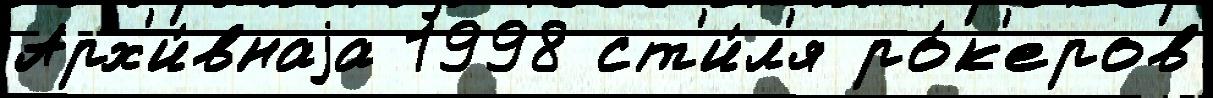
Арх'и́внаjа 1998 ст'и́л'я ро́к'еров